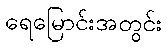
ရေမြောင်းအတွင်း